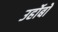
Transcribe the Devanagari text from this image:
उर्होबो